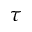
\tau